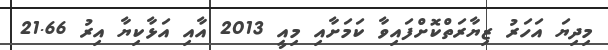
މިދިޔަ އަހަރު ޒިޔާރަތްކޮށްފައިވާ ކަމަށާއި މިއީ 2013 އާއި އަޅާކިޔާ އިރު 21.66